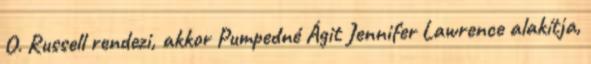
O. Russell rendezi, akkor Pumpedné Ágit Jennifer Lawrence alakítja,